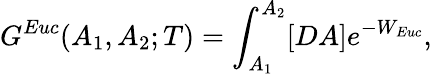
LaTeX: G^{Euc}(A_{1},A_{2};T)=\int_{A_{1}}^{A_{2}}[DA]e^{-W_{Euc}},